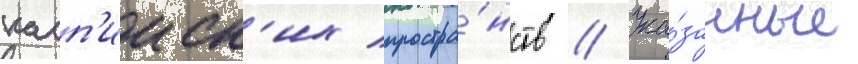
касп'ииск'их простра́нств // Ука́занные